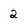
Character: 2